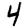
Digit: 4